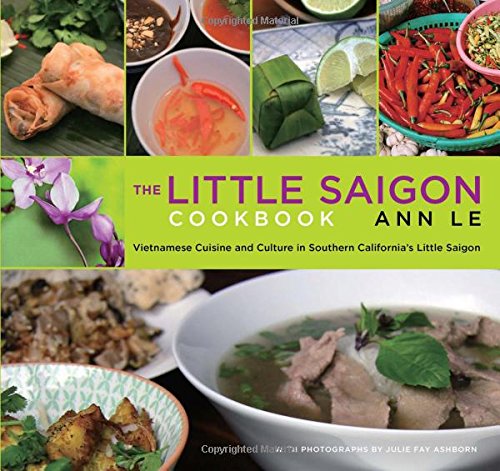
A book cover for Little Saigon Cookbook: Vietnamese Cuisine And Culture In Southern California's Little Saigon; Ann Le; Cookbooks, Food & Wine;